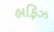
હાફિઝ